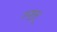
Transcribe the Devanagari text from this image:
उजुलू